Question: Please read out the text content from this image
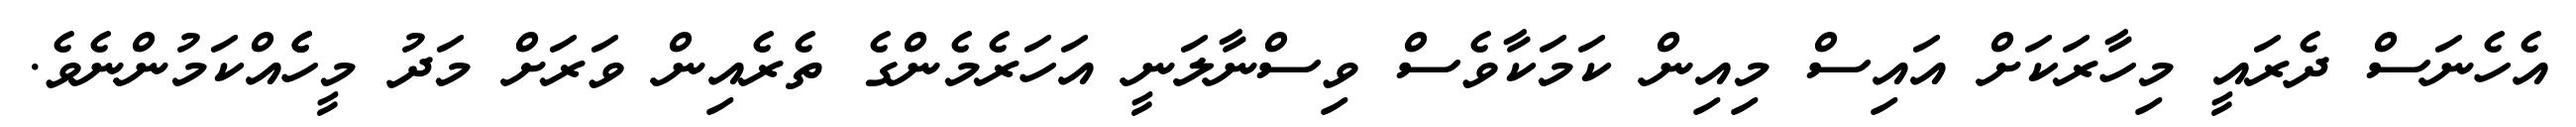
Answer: އެހެނަސް ދެރައީ މިހާރަކަށް އައިސް މިއިން ކަމަކާވެސް ވިސްނާލަނީ އަހަރެމެންގެ ތެރެއިން ވަރަށް މަދު މީހެެއްކަމުންނެވެ.